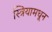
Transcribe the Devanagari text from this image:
स्त्रियामधून